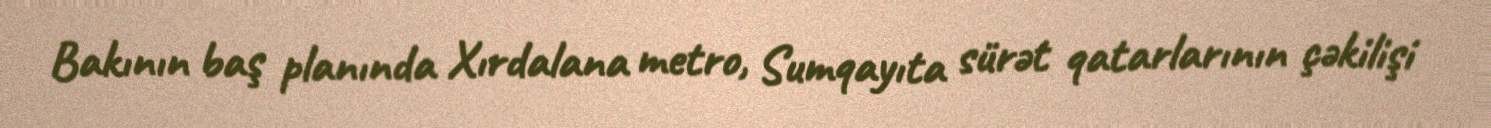
Bakının baş planında Xırdalana metro, Sumqayıta sürət qatarlarının çəkilişi